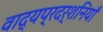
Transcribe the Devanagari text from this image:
वाद्यप्रदर्शनियाँ